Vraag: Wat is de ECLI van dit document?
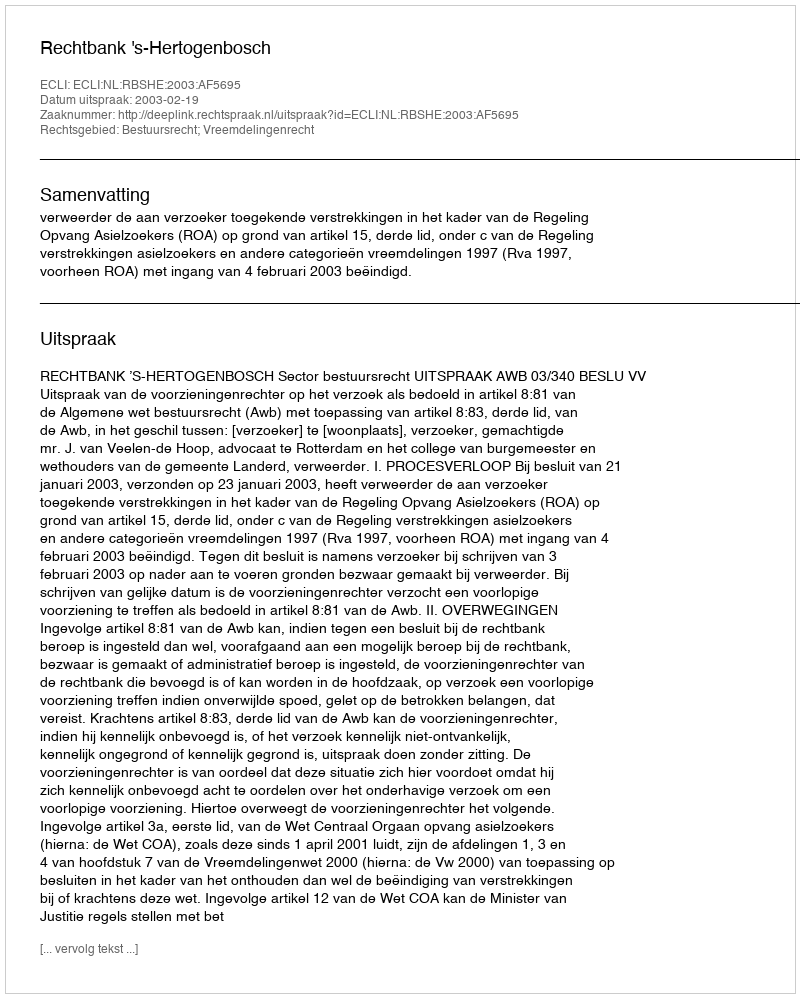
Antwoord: ECLI:NL:RBSHE:2003:AF5695